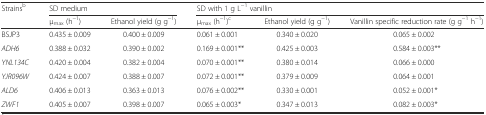
<table><thead><tr><td rowspan="2"><b>Strains<sup>b</sup></b></td><td colspan="2"><b>SD medium</b></td><td colspan="3"><b>SD with 1 g L<sup>−1</sup> vanillin</b></td></tr><tr><td><b>μ<sub>max</sub> (h<sup>−1</sup>)</b></td><td><b>Ethanol yield (g g<sup>−1</sup>)</b></td><td><b>μ<sub>max</sub> (h<sup>−1</sup>)<sup>c</sup></b></td><td><b>Ethanol yield (g g<sup>−1</sup>)</b></td><td><b>Vanillin specific reduction rate (g g<sup>−1</sup> h<sup>−1</sup>)</b></td></tr></thead><tbody><tr><td>BSJP3</td><td>0.435 ± 0.009</td><td>0.400 ± 0.009</td><td>0.061 ± 0.001</td><td>0.340 ± 0.020</td><td>0.065 ± 0.002</td></tr><tr><td><i>ADH6</i></td><td>0.388 ± 0.032</td><td>0.390 ± 0.002</td><td>0.169 ± 0.001**</td><td>0.425 ± 0.003</td><td>0.584 ± 0.003**</td></tr><tr><td><i>YNL134C</i></td><td>0.420 ± 0.004</td><td>0.382 ± 0.004</td><td>0.070 ± 0.001**</td><td>0.380 ± 0.014</td><td>0.066 ± 0.000</td></tr><tr><td><i>YJR096W</i></td><td>0.424 ± 0.007</td><td>0.388 ± 0.007</td><td>0.072 ± 0.001**</td><td>0.379 ± 0.009</td><td>0.064 ± 0.001</td></tr><tr><td><i>ALD6</i></td><td>0.406 ± 0.013</td><td>0.363 ± 0.013</td><td>0.076 ± 0.002**</td><td>0.330 ± 0.001</td><td>0.052 ± 0.001*</td></tr><tr><td><i>ZWF1</i></td><td>0.405 ± 0.007</td><td>0.398 ± 0.007</td><td>0.065 ± 0.003*</td><td>0.347 ± 0.013</td><td>0.082 ± 0.003*</td></tr></tbody></table>